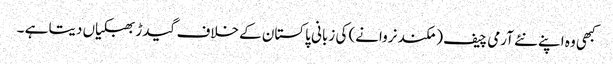
کبھی وہ اپنے نئے آرمی چیف ( مکند نروانے) کی زبانی پاکستان کے خلاف گیدڑ بھبکیاں دیتا ہے ۔